Indian journal of veterinary science and animal husbandry - Volume 2,
Year: 1932
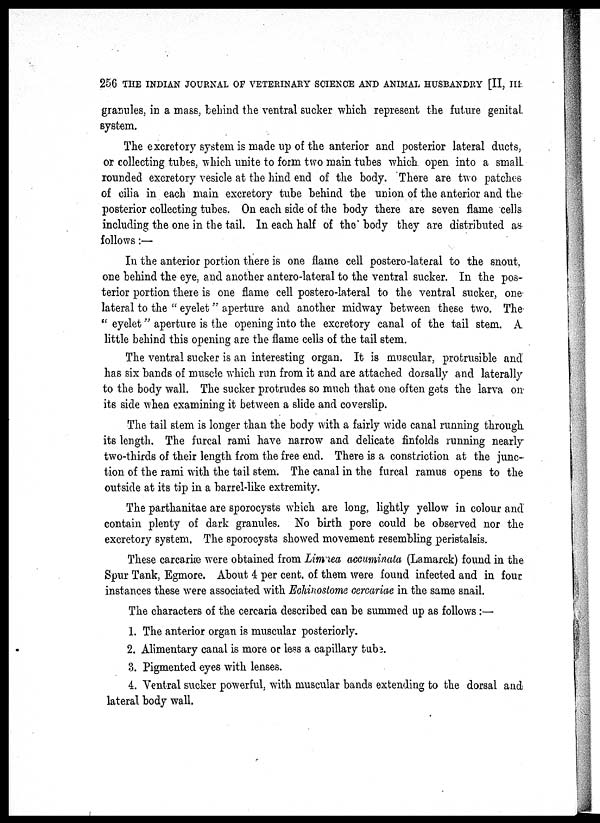
256 THE INDIAN JOURNAL OF VETERINARY SCIENCE AND ANIMAL HUSBANDRY [II, III.
granules, in a mass, behind the ventral sucker which represent the future genital
system.
The excretory system is made up of the anterior and posterior lateral ducts,
or collecting tubes, which unite to form two main tubes which open into a small
rounded excretory vesicle at the hind end of the body. There are two patches
of cilia in each main excretory tube behind the union of the anterior and the
posterior collecting tubes. On each side of the body there are seven flame cells
including the one in the tail. In each half of the body they are distributed as
follows:—
In the anterior portion there is one flame cell postero-lateral to the snout,
one behind the eye, and another antero-lateral to the ventral sucker. In the pos-
terior portion there is one flame cell postero-lateral to the ventral sucker, one
lateral to the " eyelet " aperture and another midway between these two. The
" eyelet" aperture is the opening into the excretory canal of the tail stem. A
little behind this opening are the flame cells of the tail stem.
The ventral sucker is an interesting organ. It is muscular, protrusible and
has six bands of muscle which run from it and are attached dorsally and laterally
to the body wall. The sucker protrudes so much that one often gets the larva on
its side when examining it between a slide and coverslip.
The tail stem is longer than the body with a fairly wide canal running through
its length. The furcal rami have narrow and delicate finfolds running nearly
two-thirds of their length from the free end. There is a constriction at the junc-
tion of the rami with the tail stem. The canal in the furcal ramus opens to the
outside at its tip in a barrel-like extremity.
The parthanitae are sporocysts which are long, lightly yellow in colour and
contain plenty of dark granules. No birth pore could be observed nor the
excretory system. The sporocysts showed movement resembling peristalsis.
These carcariæ were obtained from Limnea accuminata (Lamarck) found in the
Spur Tank, Egmore. About 4 per cent. of them were found infected and in four
instances these were associated with Echinostome cercariae in the same snail.
The characters of the cercaria described can be summed up as follows:—
1. The anterior organ is muscular posteriorly.
2. Alimentary canal is more or less a capillary tube.
3. Pigmented eyes with lenses.
4. Ventral sucker powerful, with muscular bands extending to the dorsal and
lateral body wall.